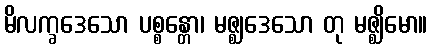
မိလက္ခဒေသော ပစ္စန္တော၊ မဇ္ဈဒေသော တု မဇ္ဈိမော။